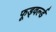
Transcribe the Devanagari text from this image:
फूड्वर्ल्ड